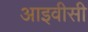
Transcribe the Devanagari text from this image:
आइवीसी